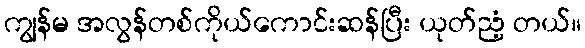
ကျွန်မ အလွန်တစ်ကိုယ်ကောင်းဆန်ပြီး ယုတ်ညံ့ တယ်။